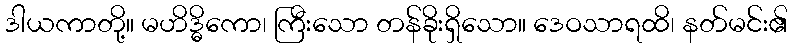
ဒါယကာတို့။ မဟိဒ္ဓိကော၊ ကြီးသော တန်ခိုးရှိသော။ ဒေဝသာရထိ၊ နတ်မင်း၏